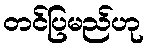
တင်ပြမည်ဟု